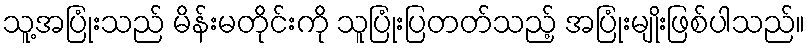
သူ့အပြုံးသည် မိန်းမတိုင်းကို သူပြုံးပြတတ်သည့် အပြုံးမျိုးဖြစ်ပါသည်။